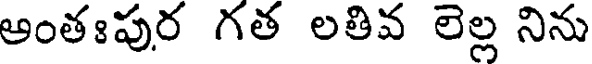
అంతఃపుర గత లతివ లెల్ల నిను